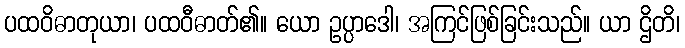
ပထဝိဓာတုယာ၊ ပထဝီဓာတ်၏။ ယော ဥပ္ပာဒေါ၊ အကြင်ဖြစ်ခြင်းသည်။ ယာ ဌိတိ၊